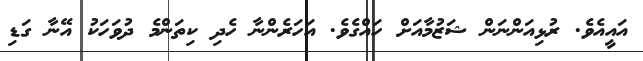
އައީއެވެ. ރުޅިއަންނަން ޝަޒުމާއަށް ހައްގެވެ. އަހަރެންނާ ހެދި ކިތަންމެ ދުވަހަކު އޭނާ ގަޑި